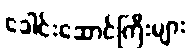
ခေါင်းဆောင်ကြီးများ